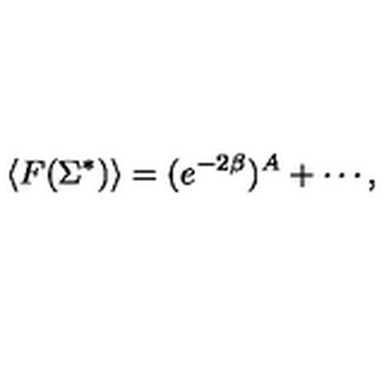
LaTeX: \langle F ( \Sigma ^ { * } ) \rangle = ( e ^ { - 2 \beta } ) ^ { A } + \cdots ,